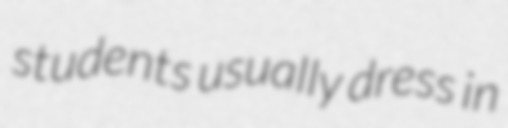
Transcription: students usually dress in